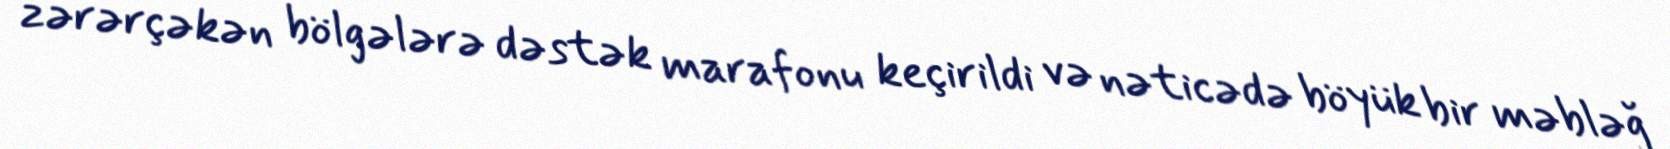
zərərçəkən bölgələrə dəstək marafonu keçirildi və nəticədə böyük bir məbləğ